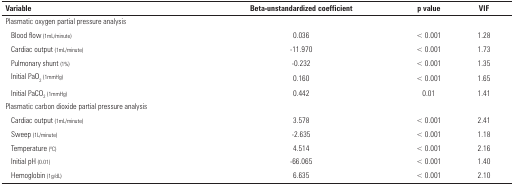
| Variable | Beta-unstandardized coefficient | p value | VIF |
 | --- | --- | --- | --- |
 | Plasmatic oxygen partial pressure analysis | <COLSPAN=3>  |
 | Blood flow (1mL/minute) | 0.036 | < 0.001 | 1.28 |
 | Cardiac output (1mL/minute) | -11.970 | < 0.001 | 1.73 |
 | Pulmonary shunt (1%) | -0.232 | < 0.001 | 1.35 |
 | Initial PaO2 (1mmHg) | 0.160 | < 0.001 | 1.65 |
 | Initial PaCO2 (1mmHg) | 0.442 | 0.01 | 1.41 |
 | Plasmatic carbon dioxide partial pressure analysis | <COLSPAN=3>  |
 | Cardiac output (1mL/minute) | 3.578 | < 0.001 | 2.41 |
 | Sweep (1L/minute) | -2.635 | < 0.001 | 1.18 |
 | Temperature (oC) | 4.514 | < 0.001 | 2.16 |
 | Initial pH (0.01) | -66.065 | < 0.001 | 1.40 |
 | Hemoglobin (1g/dL) | 6.635 | < 0.001 | 2.10 |